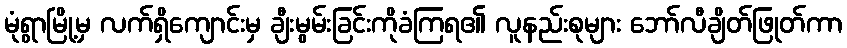
မုံရွာမြို့မှ လက်ရှိကျောင်းမှ ချီးမွမ်းခြင်းကိုခံကြရ၏ လူနည်းစုများ ဘော်လီချိတ်ဖြုတ်ကာ